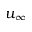
u _ { \infty }